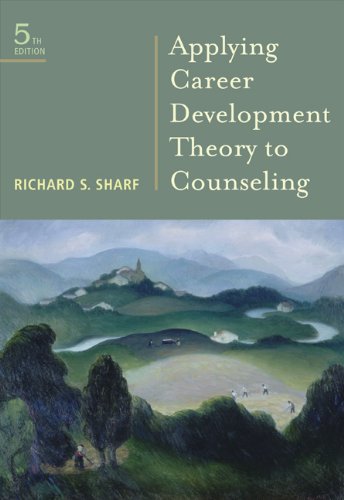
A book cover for Applying Career Development Theory to Counseling (Graduate Career Counseling); Richard S. Sharf; Education & Teaching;